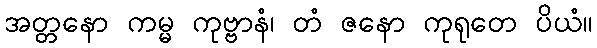
အတ္တနော ကမ္မ ကုဗ္ဗာနံ၊ တံ ဇနော ကုရုတေ ပိယံ။